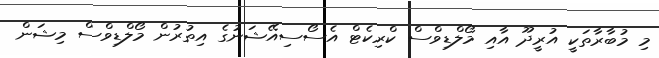
މި މުބާރާތަކީ އުރީދޫ އާއި މޯލްޑިވްސް ކްރިކެޓް އެސޯސިއޭޝަނުގެ އިތުރުން މޯލްޑިވްސް މިޝަން